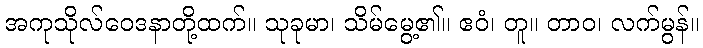
အကုသိုလ်ဝေဒနာတို့ထက်။ သုခုမာ၊ သိမ်မွေ့၏။ ဧဝံ၊ တူ။ တာဝ၊ လက်မွန်။